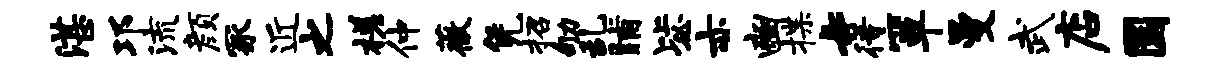
湛邛流颜冢近之槎仲薇凭招劬乱晡毖亦豳揲#待箪曼武店圜